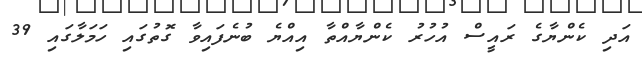
އަދި ކެންޔާގެ ރައީސް އުހުރު ކެންޔާއްތާ އިއްޔެ ބުނެފައިވާ ގޮތުގައި ހަމަލާގައި 39